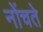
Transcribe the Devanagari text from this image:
नोंचते